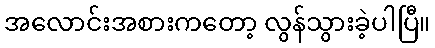
အလောင်းအစားကတော့ လွန်သွားခဲ့ပါပြီ။